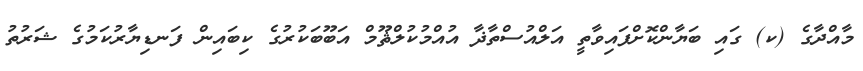
މާއްދާގެ (ކ) ގައި ބަޔާންކޮށްފައިވާތީ އަލްއުސްތާޛާ އުއްމުކުލްޘޫމް އަބޫބަކުރުގެ ކިބައިން ފަނޑިޔާރުކަމުގެ ޝަރުތު